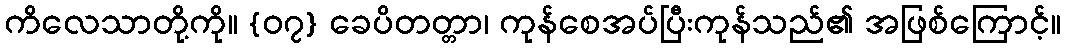
ကိလေသာတို့ကို။ {၀၇} ခေပိတတ္တာ၊ ကုန်စေအပ်ပြီးကုန်သည်၏ အဖြစ်ကြောင့်။